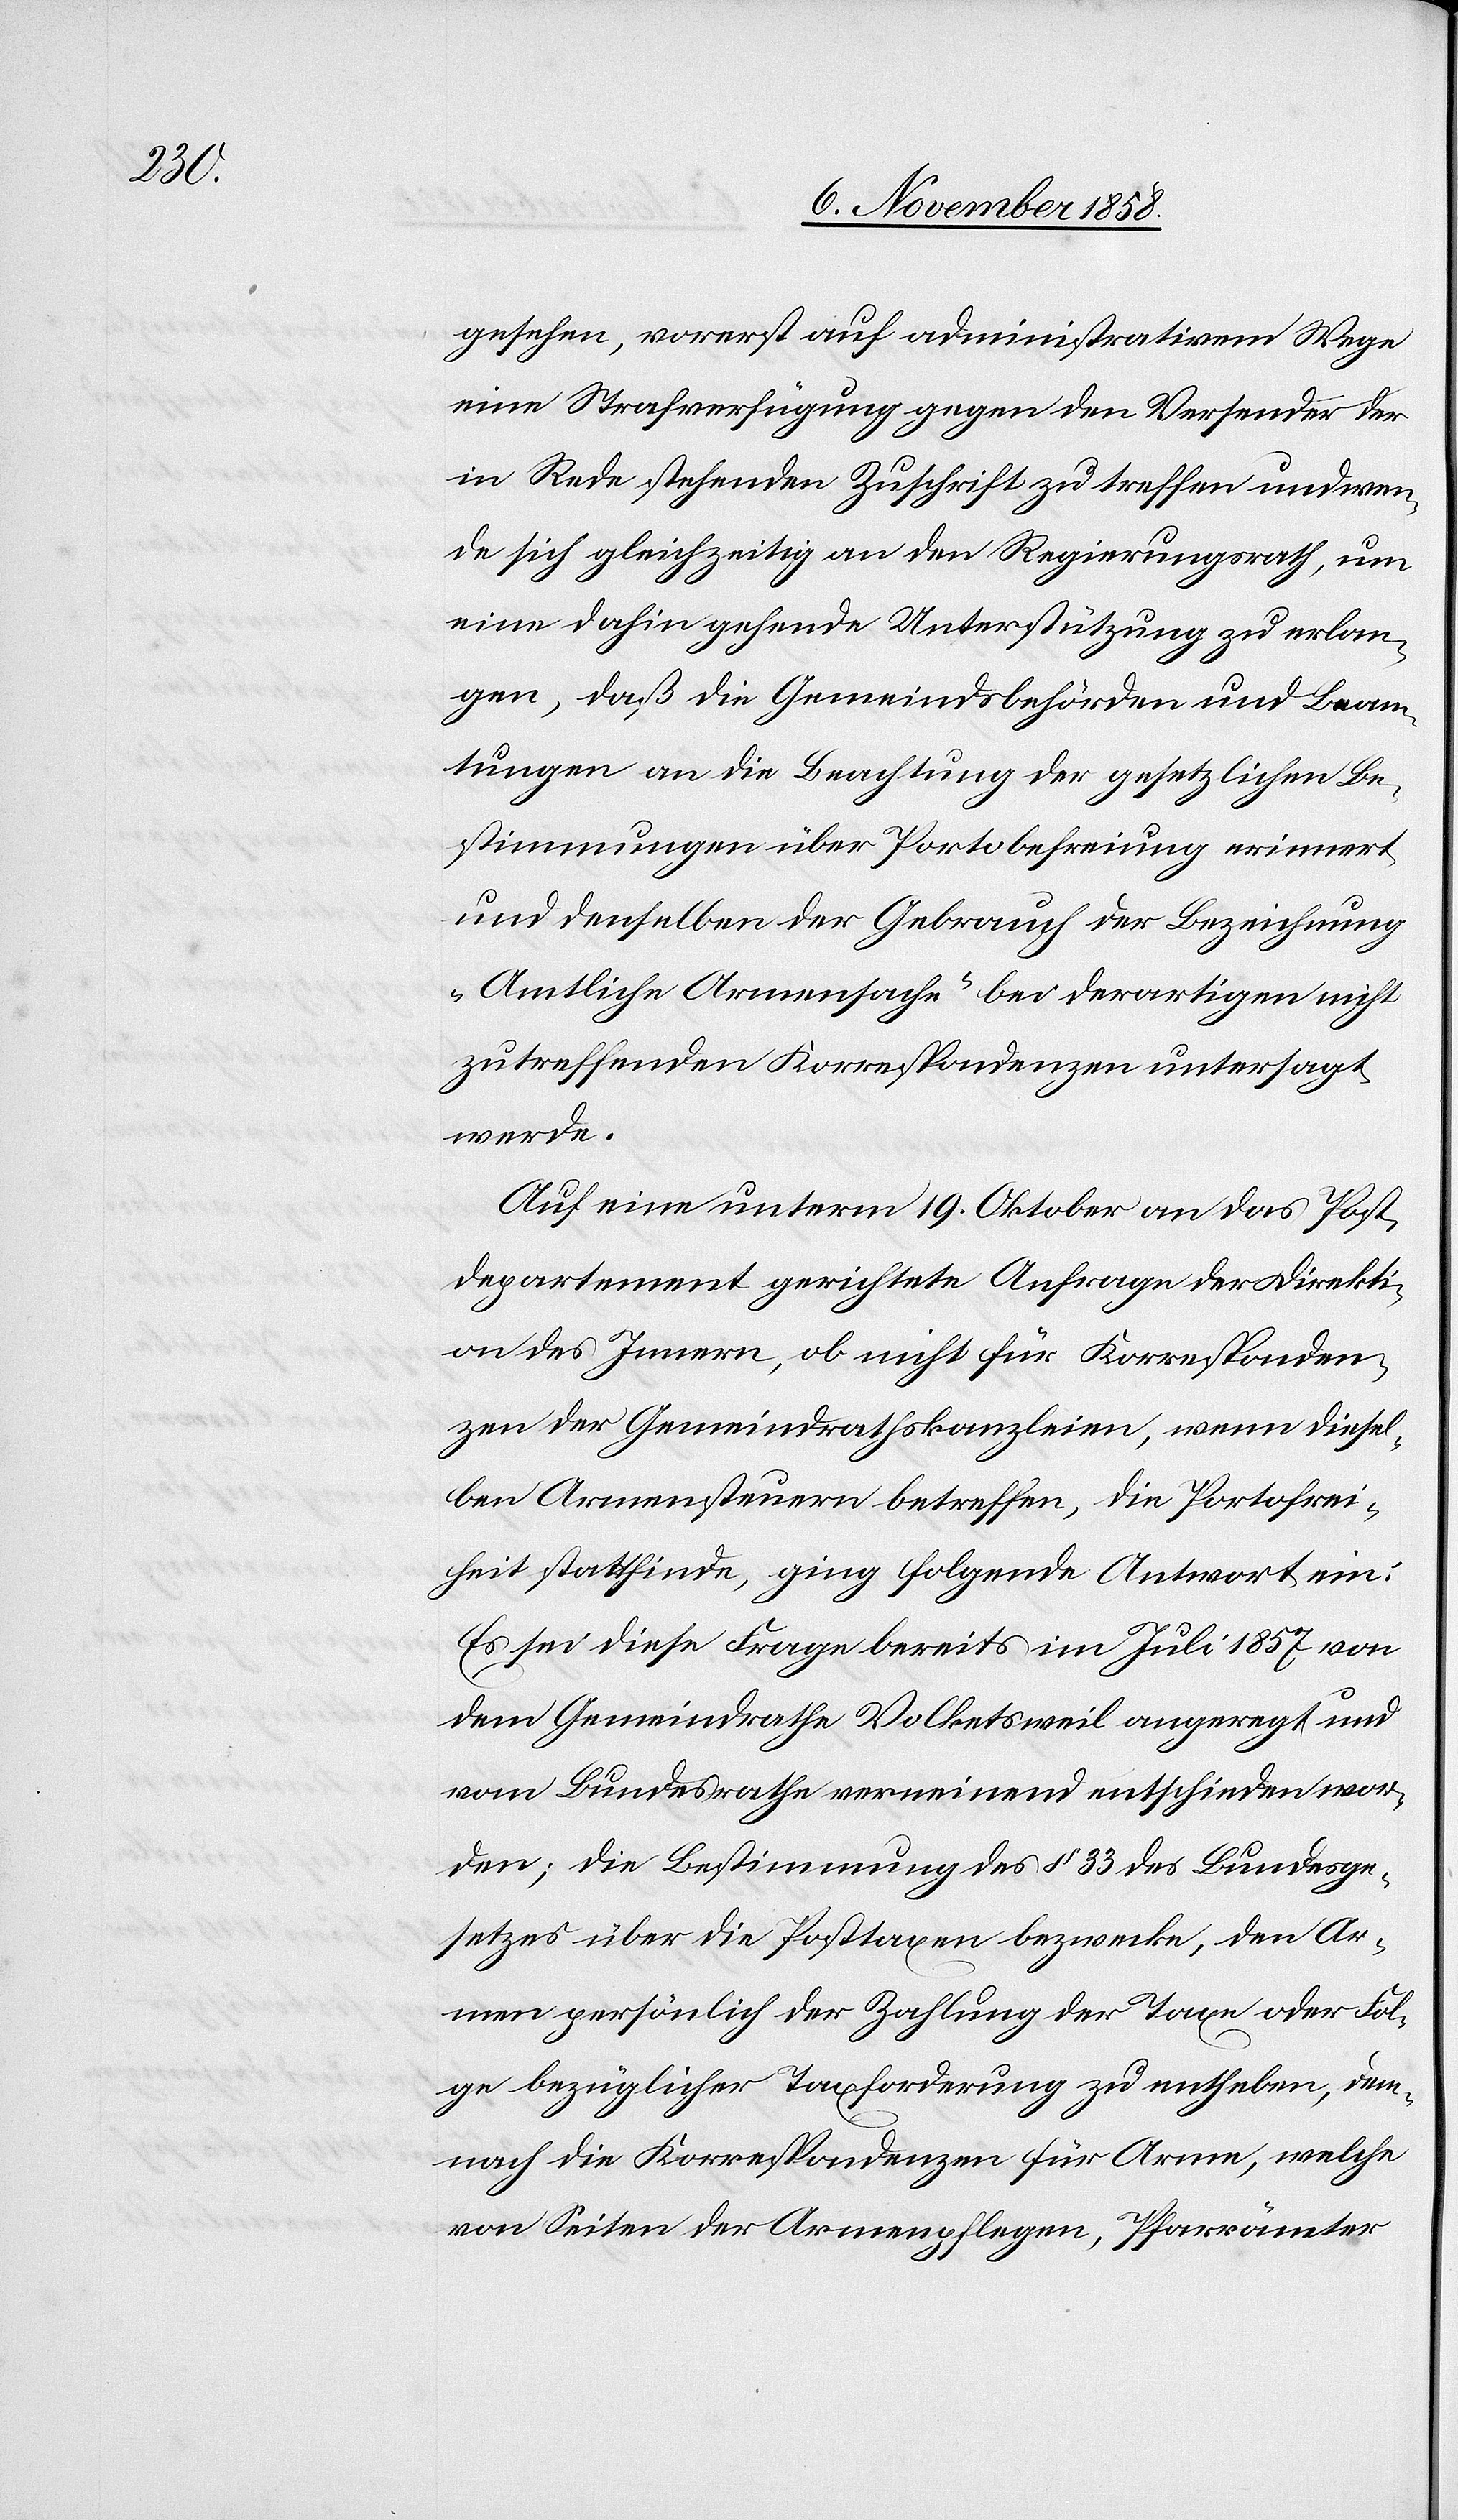
gesehen, vorerst auf administrativem Wege
eine Strafverfügung gegen den Versender der
in Rede stehenden Zuschrift zu treffen und wen¬
de sich gleichzeitig an den Regierungsrath, um
eine dahin gehende Unterstützung zu erlan¬
gen, daß die Gemeindsbehörden und Beam¬
tungen an die Beachtung der gesetzlichen Be¬
stimmungen über Portobefreiung erinnert
und denselben der Gebrauch der Bezeichnung
„Amtliche Armensache“ bei derartigen nicht
zutreffenden Korrespondenzen untersagt
werde.
Auf eine unterm 19. Oktober an das Post¬
departement gerichtete Anfrage der Direkti¬
on des Innern, ob nicht für Korresponden¬
zen der Gemeindrathskanzleien, wenn diesel¬
ben Armensteuern betreffen, die Portofrei¬
heit stattfinde, ging folgende Antwort ein:
Es sei diese Frage bereits im Juli 1857 von
dem Gemeindrathe Volketsweil angeregt und
vom Bundesrathe verneinend entschieden wor¬
den; die Bestimmung des § 33 des Bundesge¬
setzes über die Posttaxen bezwecke, den Ar¬
men persönlich die Zahlung der Taxe oder Fol¬
ge bezüglicher Taxforderung zu entheben, dem¬
nach die Korrespondenzen für Arme, welche
von Seiten der Armenpflegen, Pfarrämter